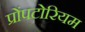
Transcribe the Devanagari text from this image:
प्रोंपटोरियम